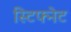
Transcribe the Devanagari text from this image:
स्टिफ्नेट